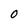
Character: 0